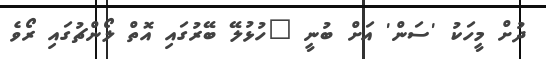
ދުށް މީހަކު 'ސަން' އަށް ބުނީ "ހުޅުލޭ ބޭރުގައި އޮތް ލޯންޗުގައި ރޯވެ